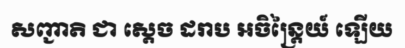
សញ្ជាតិ ជា ស្តេច ដរាប អចិន្ត្រៃយ៍ ឡើយ